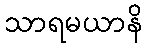
သာရမယာနိ